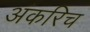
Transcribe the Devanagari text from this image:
अंकरिच